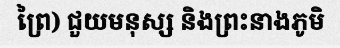
ព្រៃ) ជួយមនុស្ស និងព្រះនាងភូមិ